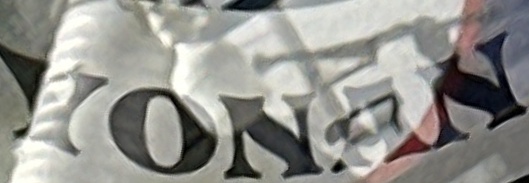
YONAN